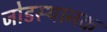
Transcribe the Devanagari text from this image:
जोडस्थानक